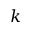
k